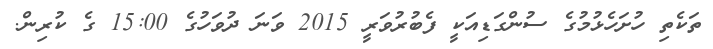
ތަކެތި ހުށަހެޅުމުގެ ސުންގަޑިއަކީ ފެބުރުވަރީ 2015 ވަނަ ދުވަހުގެ 15:00 ގެ ކުރިން.